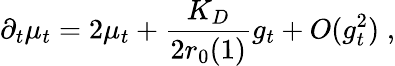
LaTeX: \partial_{t}\mu_{t}=2\mu_{t}+\frac{K_{D}}{2r_{0}(1)}g_{t}+O(g_{t}^{2})\; ,